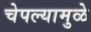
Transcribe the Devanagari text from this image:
चेपल्यामुळे